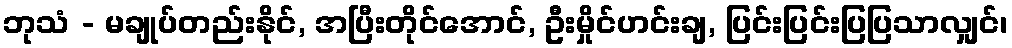
ဘုသံ - မချုပ်တည်းနိုင်, အပြီးတိုင်အောင်, ဦးမှိုင်ဟင်းချ, ပြင်းပြင်းပြပြသာလျှင်၊